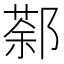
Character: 𨝛